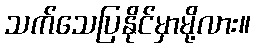
သက်သေပြနိုင်မှာမို့လား။